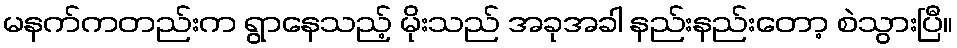
မနက်ကတည်းက ရွာနေသည့် မိုးသည် အခုအခါ နည်းနည်းတော့ စဲသွားပြီ။